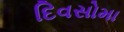
દિવસોમા